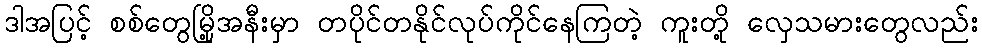
ဒါအပြင့် စစ်တွေမြို့အနီးမှာ တပိုင်တနိုင်လုပ်ကိုင်နေကြတဲ့ ကူးတို့ လှေသမားတွေလည်း